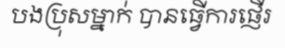
បងប្រុសម្នាក់ បានធ្វើការផ្ញើរ